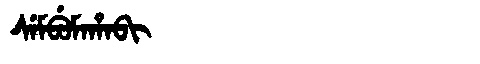
Manchu: ᠰᡝᠮᠪᡠᠮᠠᡥᠠᠪᡳ
Romanization: SEMBUMAHABI